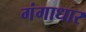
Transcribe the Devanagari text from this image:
गंगाधार